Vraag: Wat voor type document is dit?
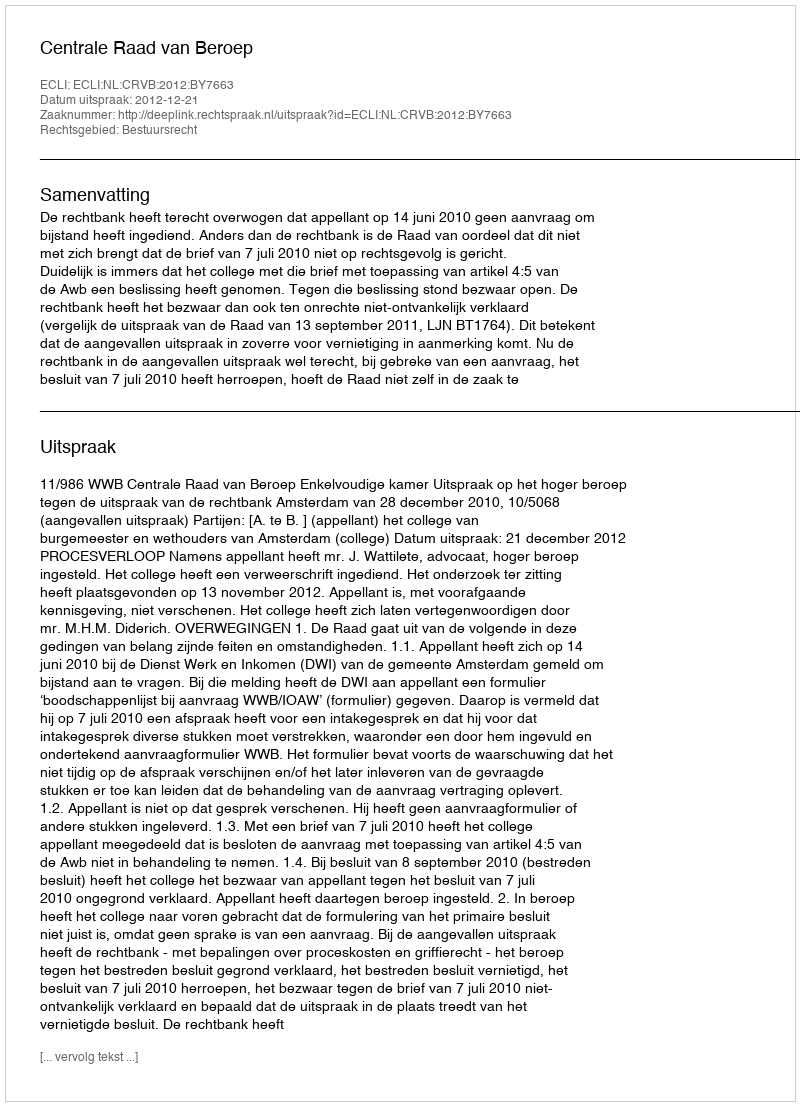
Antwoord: Uitspraak